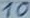
Text: 10